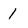
Character: 1